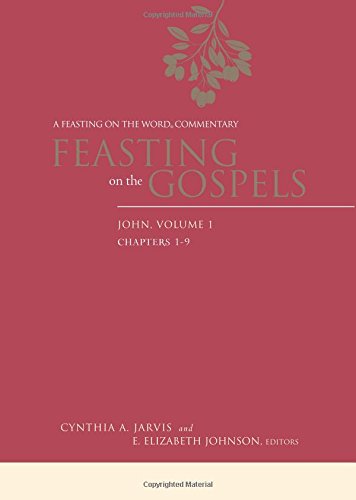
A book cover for Feasting on the Gospels--John, Volume 1: A Feasting on the Word Commentary; Cynthia A. Jarvis; Christian Books & Bibles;